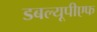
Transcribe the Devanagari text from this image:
डबल्यूपीएफ